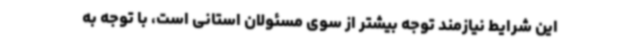
این شرایط نیازمند توجه بیشتر از سوی مسئولان استانی است، با توجه به